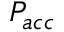
P _ { a c c }